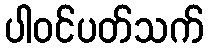
ပါဝင်ပတ်သက်